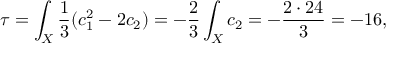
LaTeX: \tau = \int _ { X } \frac { 1 } { 3 } ( c _ { 1 } ^ { 2 } - 2 c _ { 2 } ) = - \frac { 2 } { 3 } \int _ { X } c _ { 2 } = - \frac { 2 \cdot 2 4 } { 3 } = - 1 6 ,